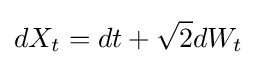
dX_{t}=dt+{\sqrt {2}}dW_{t}